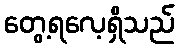
တွေ့ရလေ့ရှိသည်